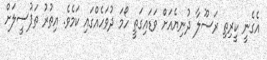
އެގެނީ ކީރިތި ރަސޫލާ ދުނިޔެއަށް ވަޑައިގަތީ ހޯމަ ދުވަހެއްގައި ކަމެވެ. އިތުރު ތަފުސީލަށް